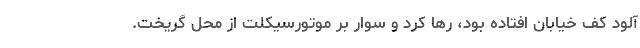
آلود کف خیابان افتاده بود، رها کرد و سوار بر موتورسیکلت از محل گریخت.